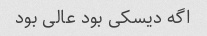
اگه دیسکی بود عالی بود